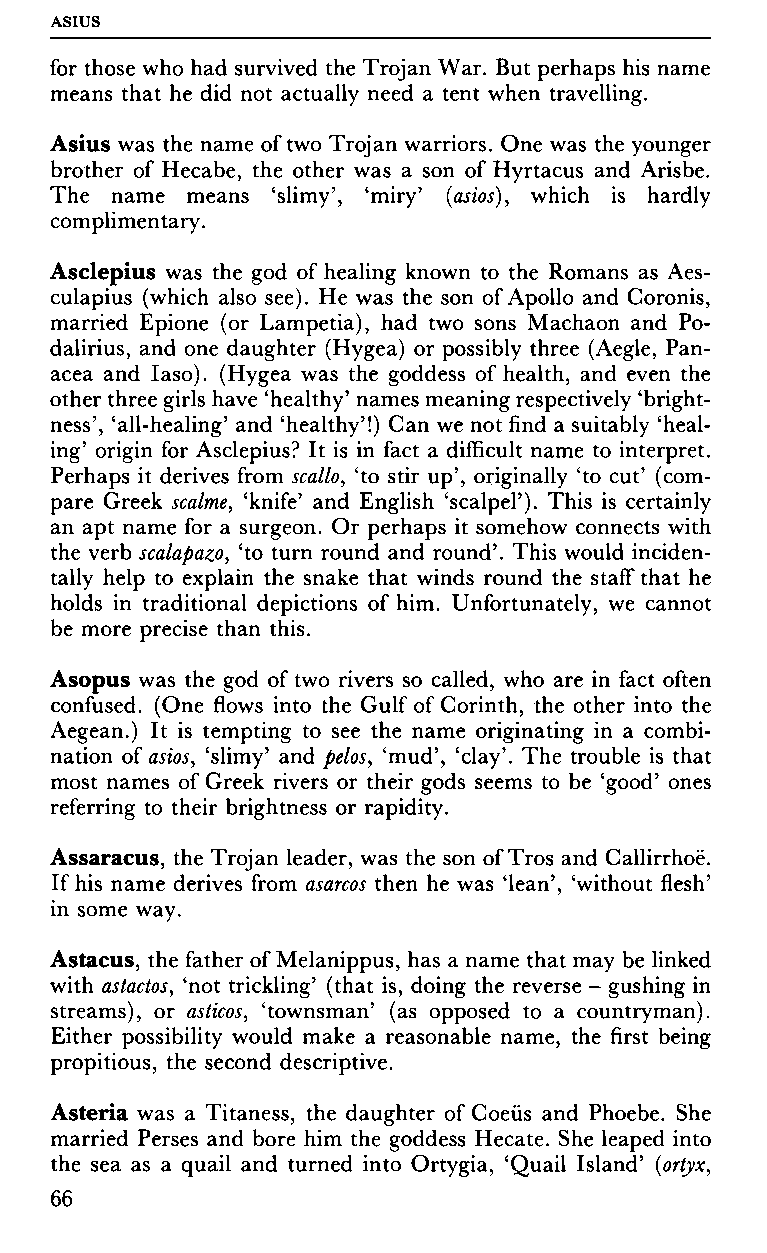
ASIUS
 for those who had survived the Trojan War. But perhaps his name
 means that he did not actually need a tent when travelling.
 Asius was the name of two Trojan warriors. One was the younger
 brother of Hecabe, the other was a son of Hyrtacus and Arisbe.
 The name means 'slimy', 'miry' (asios), which is hardly
 complimentary.
 Asclepius was the god of healing known to the Romans as Aes
 culapius (which also see). He was the son of Apollo and Coronis,
 married Epione (or Lampetia), had two sons Machaon and Po-
 dalirius, and one daughter (Hygea) or possibly three (Aegle, Pan
 acea and Iaso). (Hygea was the goddess of health, and even the
 other three girls have 'healthy' names meaning respectively 'bright
 ness', 'all-healing' and 'healthy'!) Can we not find a suitably 'heal
 ing' origin for Asclepius? It is in fact a difficult name to interpret.
 Perhaps it derives from scallo, 'to stir up', originally 'to cut' (com
 pare Greek scalme, 'knife' and English 'scalpel'). This is certainly
 an apt name for a surgeon. Or perhaps it somehow connects with
 the verb scalapazo, 'to turn round and round'. This would inciden
 tally help to explain the snake that winds round the staff that he
 holds in traditional depictions of him. Unfortunately, we cannot
 be more precise than this.
 Asopus was the god of two rivers so called, who are in fact often
 confused. (One flows into the Gulf of Corinth, the other into the
 Aegean.) It is tempting to see the name originating in a combi
 nation of asios, 'slimy' and pelos, 'mud', 'clay'. The trouble is that
 most names of Greek rivers or their gods seems to be 'good' ones
 referring to their brightness or rapidity.
 Assaracus, the Trojan leader, was the son of Tros and Callirrhoë.
 If his name derives from asarcos then he was 'lean', 'without flesh'
 in some way.
 Astacus, the father of Melanippus, has a name that may be linked
 with astactos, 'not trickling' (that is, doing the reverse - gushing in
 streams), or asticos, 'townsman' (as opposed to a countryman).
 Either possibility would make a reasonable name, the first being
 propitious, the second descriptive.
 Asteria was a Titaness, the daughter of Coeüs and Phoebe. She
 married Perses and bore him the goddess Hecate. She leaped into
 the sea as a quail and turned into Ortygia, 'Quail Island' (ortyx,
 66